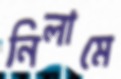
নিলামে